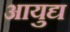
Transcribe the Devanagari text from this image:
आयुद्य